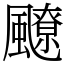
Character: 飉